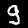
Digit: 9